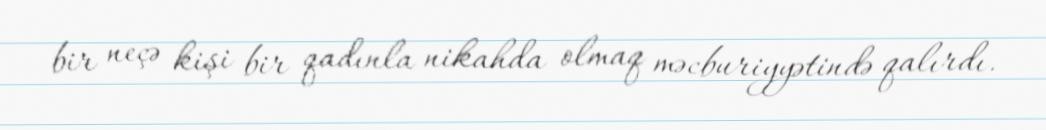
bir neçə kişi bir qadınla nikahda olmaq məcburiyyətində qalırdı.